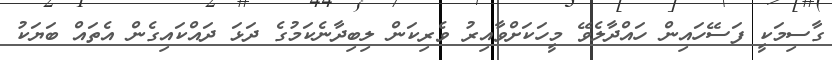
ގާސިމަކީ ފަސޭހައިން ހައްދާލެވޭ މީހަކަށްވާއިރު ވެރިކަން ލިބިދާނެކަމުގެ ދަޅަ ދައްކައިގެން އެތައް ބަޔަކު